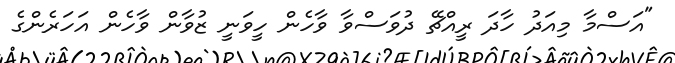
"އަސްމާ މިއަދު ހާދަ ރީއްޗޭ ދުވަސްވާ ވާހެން ހީވަނީ ޒުވާން ވާހެން އަހަރެންގެ